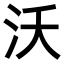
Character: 沃